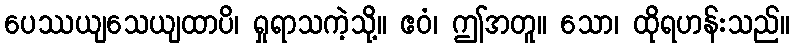
ပေဿယျသေယျထာပိ၊ ရှုရာသကဲ့သို့။ ဧဝံ၊ ဤအတူ။ သော၊ ထိုရဟန်းသည်။